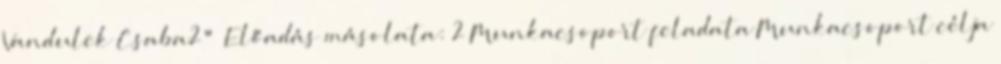
Vandulek Csaba2"— Előadás másolata: 2 Munkacsoport feladata Munkacsoport célja